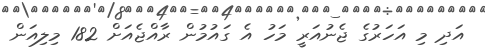
އަދި މި އަހަރުގެ ޖެނުއަރީ މަހު އެ ގައުމުން ރާއްޖެއަށް 182 މިލިއަން